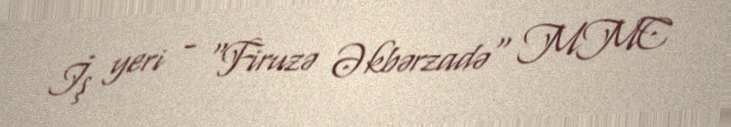
İş yeri - "Firuzə Əkbərzadə" MMC